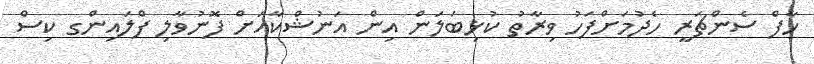
ހާފް ސެންޗަރީ ހެދުމަށްފަހު ވިރާތު ކުޅިބަލަން އިން އަނުޝްކާއަށް ފޮނުވާލި ފްލައިންގ ކިސް